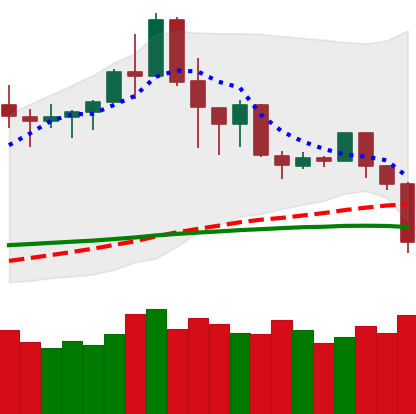
Ticker: TRX-USD
Chart end date: 2020-02-26
Forward return: 6.178%
Label: up_5_7